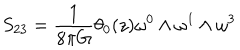
LaTeX: S _ { 2 3 } = \frac { 1 } { 8 { \pi } G } { \theta } _ { 0 } ( z ) { \omega } ^ { 0 } \wedge { \omega } ^ { 1 } \wedge { \omega } ^ { 3 }